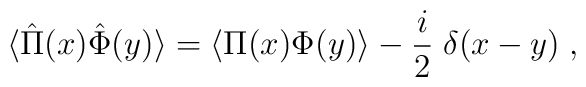
\langle \hat{\Pi}(x) \hat{\Phi}(y) \rangle =\langle \Pi (x) \Phi (y) \rangle - {i \over 2}\;\delta (x-y) \;,